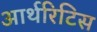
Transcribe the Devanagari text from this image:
आर्थरिटिस